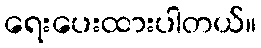
ရေးပေးထားပါတယ်။